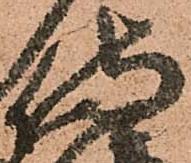
侍